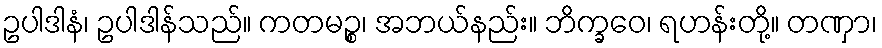
ဥပါဒါနံ၊ ဥပါဒါန်သည်။ ကတမဉ္စ၊ အဘယ်နည်း။ ဘိက္ခဝေ၊ ရဟန်းတို့။ တဏှာ၊